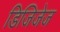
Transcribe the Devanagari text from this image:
डिजिजेज